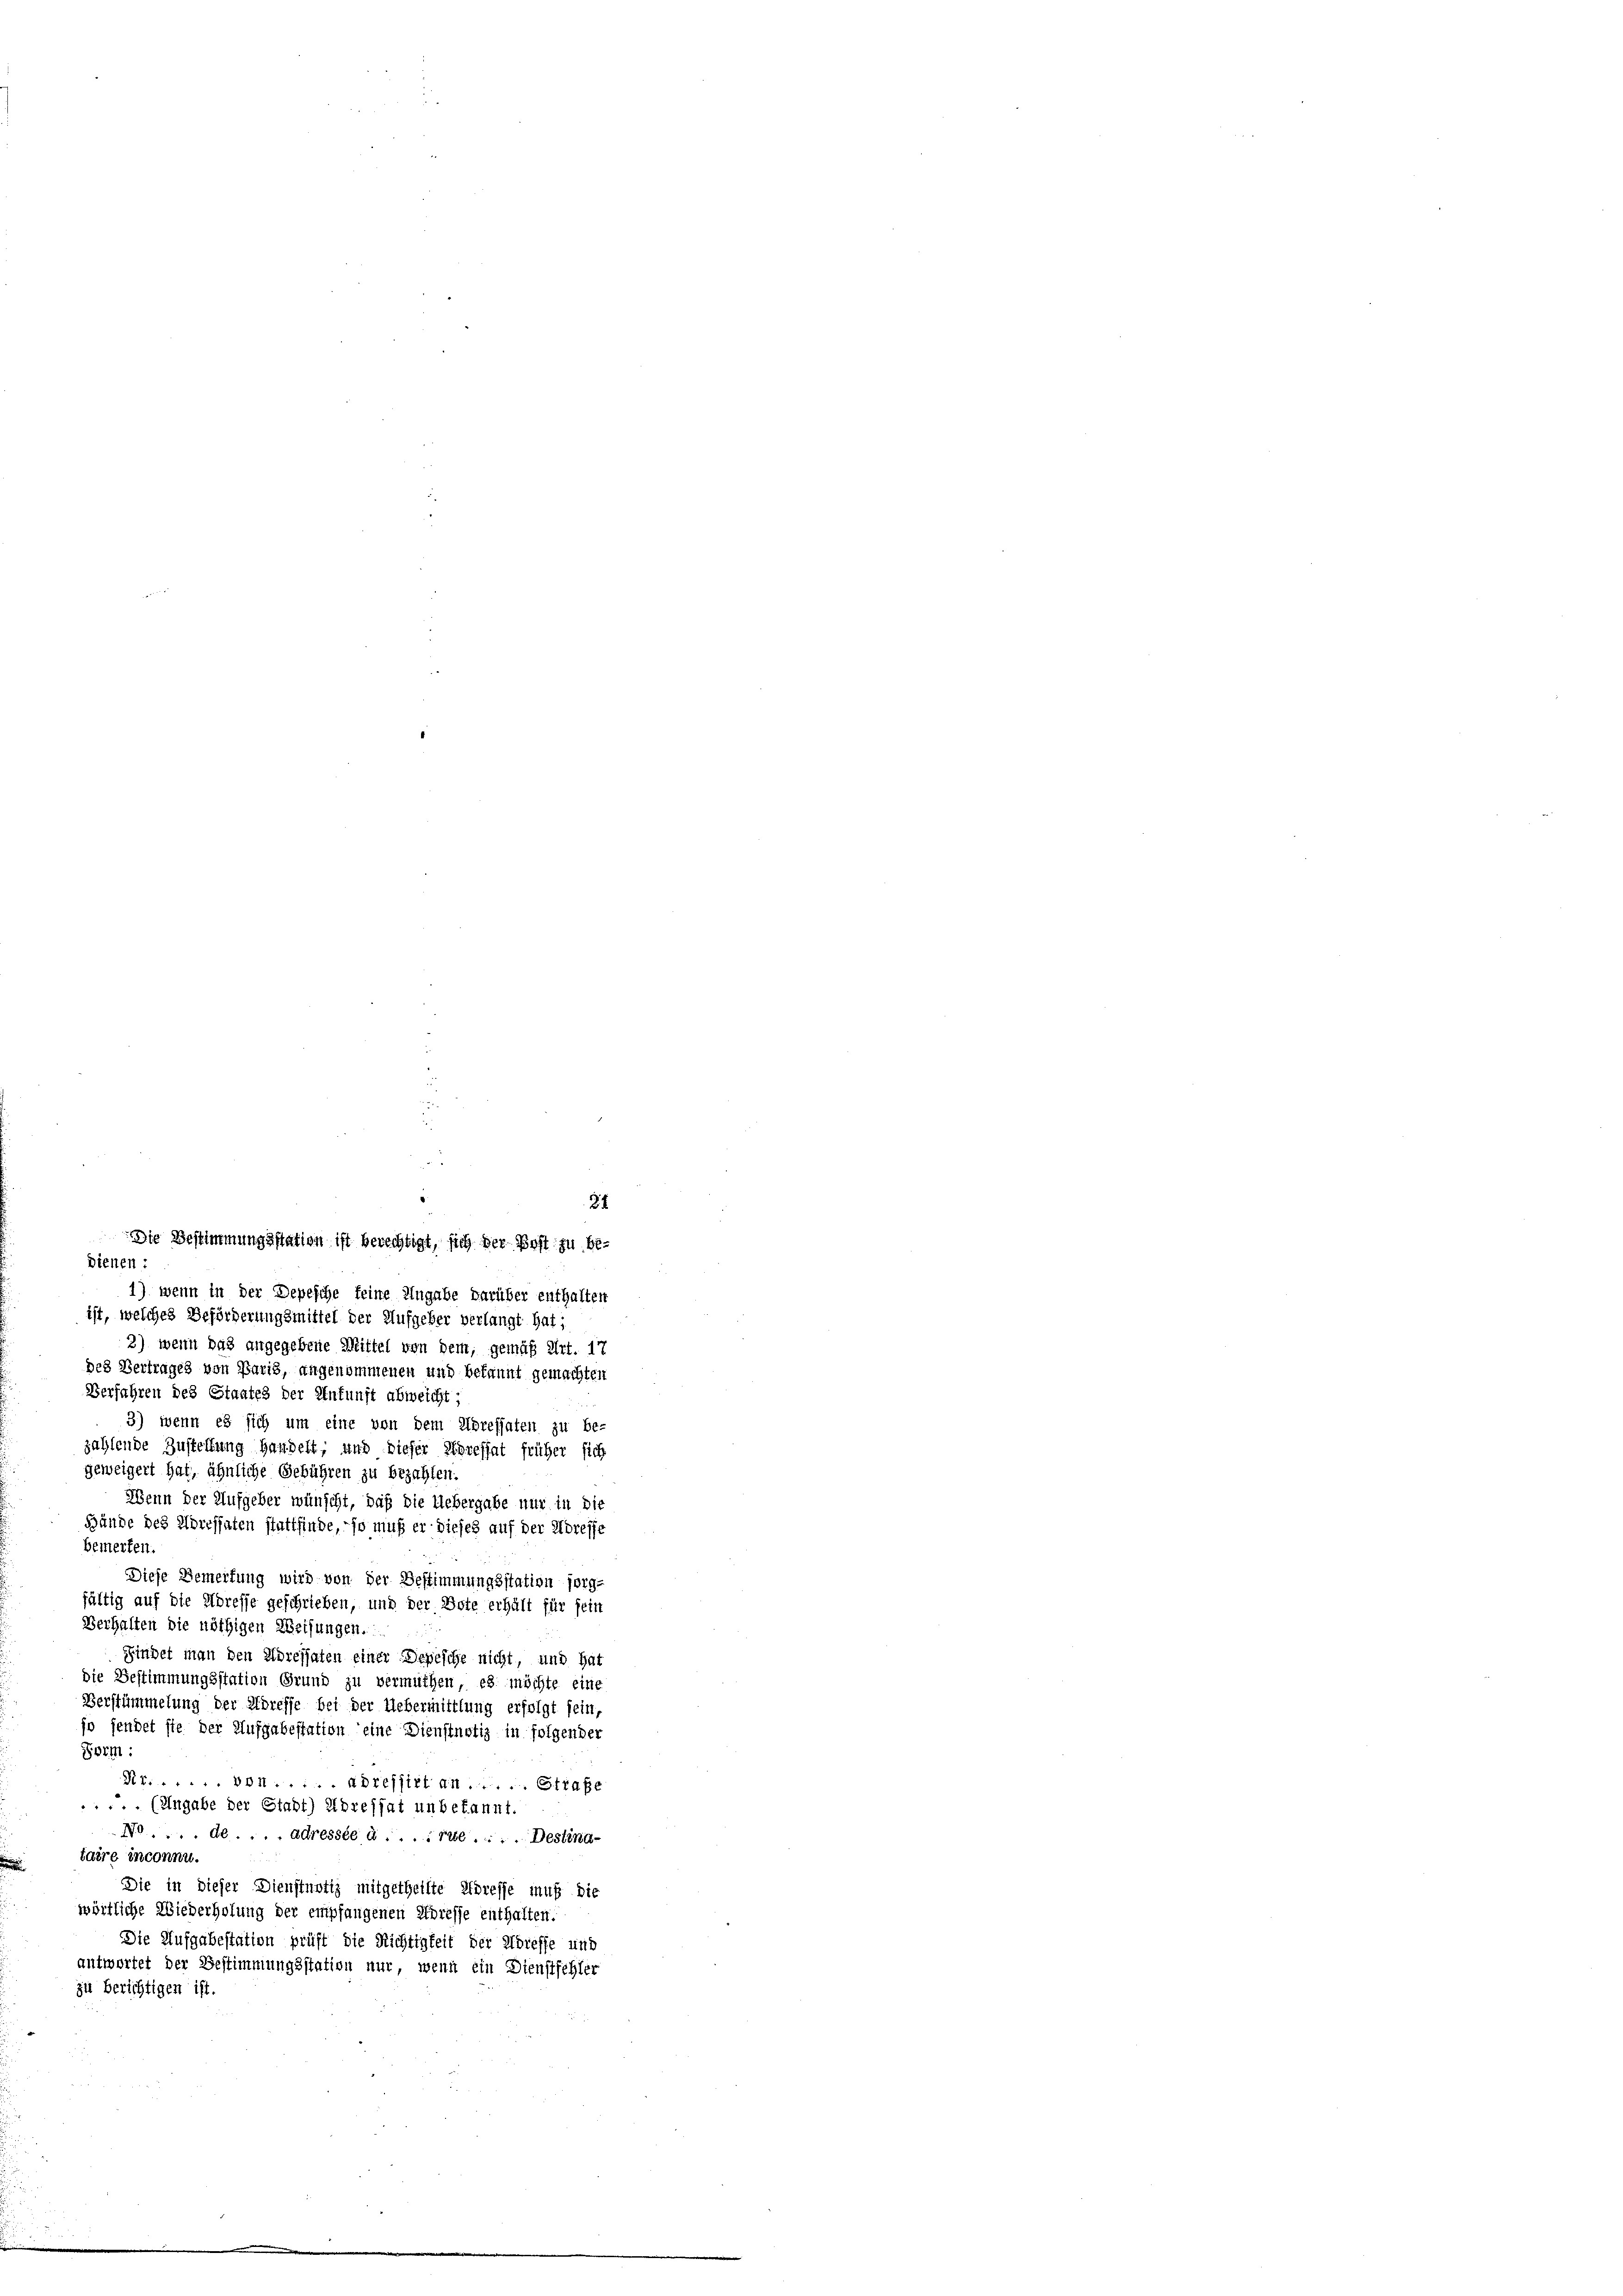
31
dienen :
1) wenn in der Depesche feine Angabe darüber enthalten
ist, welches Beförderungsmittel der Aufgeber verlangt hat;
2) wenn das angegebene Mittel von dem, gemäß Art. 17
des Vertrages von Paris, angenommenen und bekannt gemachten
Verfahren des Staates der Entunft abweicht;
3) wenn es sich um eine von dem Adressaten zu be-
zahlende Zustellung handelt, und dieser Soressat früher sich
geweigert hat, ähnliche Gebühren zu bezahlen.
Wenn der Aufgeber wünscht, daß die Uebergabe nur in die
Bände des Adressaten stattfinde, so muß er dieses auf der Adresse
bemerken.
Diese Bemerfung wird von der Bestimmungsstation sorg-
fältig auf die Adresse geschrieben, und der Bote erhält für sein
Verhalten die nöthigen Weisungen.
Findet man den Adressaten einer Depesche nicht, und hat
die Bestimmungsstation Grund zu vermuthen, es möchte eine
Verstümmelung der Adreffe bei der Uebermittlung erfolgt sein,
so sendet sie der Aufgabestation eine Dienstnotiz in folgender
Form:
Nr. 301. Adressirt an..... Strafe
... (Angabe der Stadt) Ubrestat unbekannt.
No . . . . de . . . . adressée à .... rue .... Destind-
taire inconnu.
Die in dieser Dienstnotiz mitgetheilte Adresse muß die
wörtliche Wiederholung der empfangenen Adresse enthalten.
Die Aufgabestation prüft die Richtigkeit der Adresse und
antwortet der Bestimmungsstation nur, wenn ein Dienstfehler
zu berichtigen ist.

Die Bestimmungsstation ist berechtigt, sich der Post zu be¬